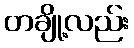
တချို့လည်း